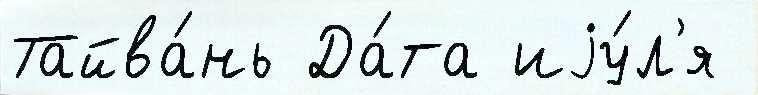
Тайва́нь Да́та иjу́л'я